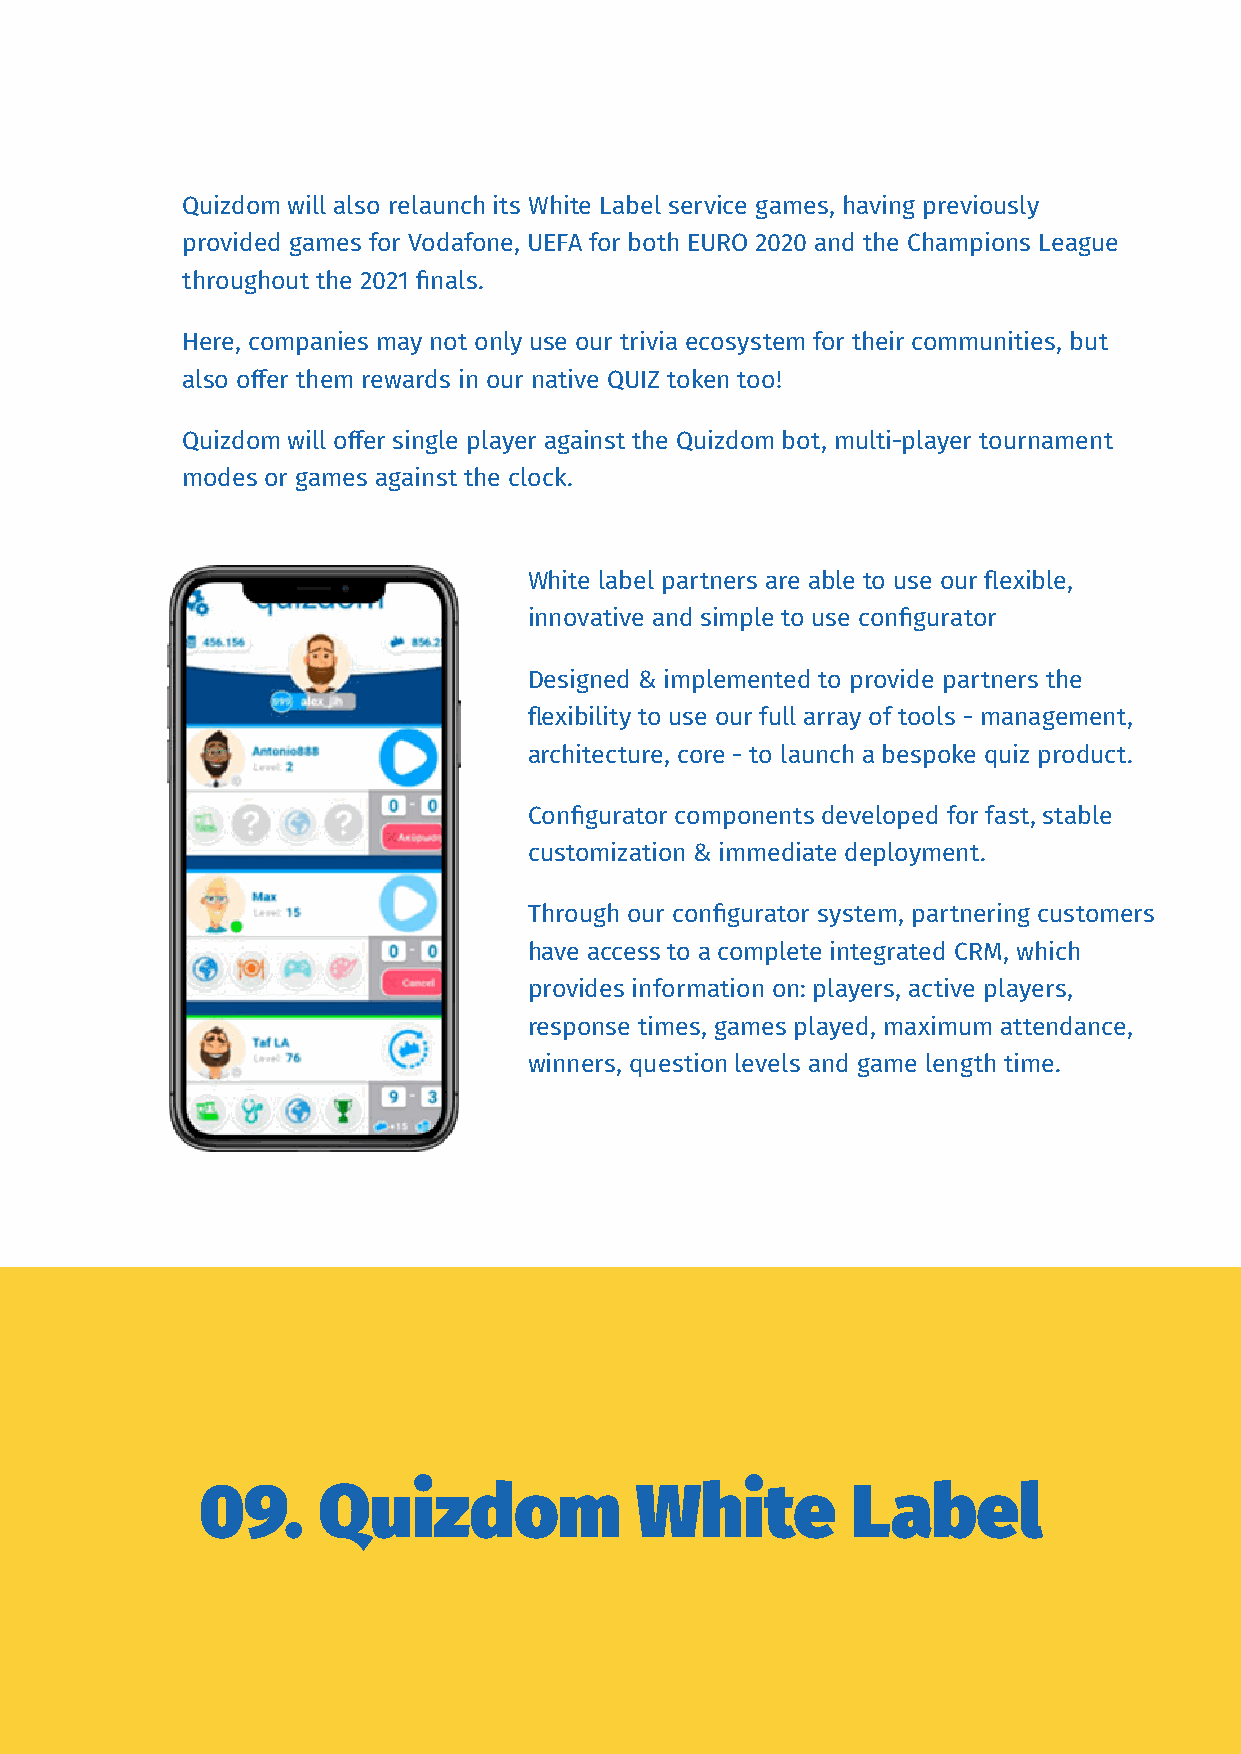
Quizdom will also relaunch its White Label service games, having previously
 provided games for Vodafone, UEFA for both EURO 2020 and the Champions League
 throughout the 2021 finals.
 Here, companies may not only use our trivia ecosystem for their communities, but
 also offer them rewards in our native QUIZ token too!
 Quizdom will offer single player against the Quizdom bot, multi-player tournament
 modes or games against the clock.
 White label partners are able to use our flexible,
 innovative and simple to use configurator
 Designed & implemented to provide partners the
 flexibility to use our full array of tools - management,
 architecture, core - to launch a bespoke quiz product.
 Configurator components developed for fast, stable
 customization & immediate deployment.
 Through our configurator system, partnering customers
 have access to a complete integrated CRM, which
 provides information on: players, active players,
 response times, games played, maximum attendance,
 winners, question levels and game length time.
 09.     Quizdom              White         Label